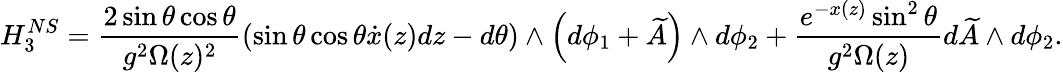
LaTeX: H_{3}^{NS}=\frac{2\sin{\theta}\cos{\theta}}{g^{2}\Omega(z)^{2}}\left(\sin{\theta}\cos{\theta}\dot{x}(z)dz-d\theta\right)\wedge\left(d\phi_{1}+\widetilde{A}\right)\wedge d\phi_{2}+\frac{e^{-x(z)}\sin^{2}{\theta}}{g^{2}\Omega(z)}d\widetilde{A}\wedge d\phi_{2}.